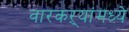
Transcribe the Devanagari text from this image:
वारकऱ्यांमध्ये